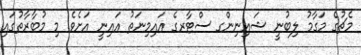
މެޗުގެ މަގާމު ލިބުނީ ޝައިނިންގ ސްޓާރގެ އައިމިނަތު އައިނީ އަށެވެ. މި މުބާރާތުގައި